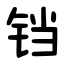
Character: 铛